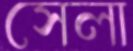
সেলা